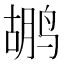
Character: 鹕